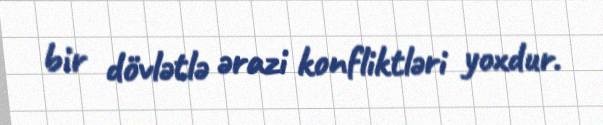
bir dövlətlə ərazi konfliktləri yoxdur.